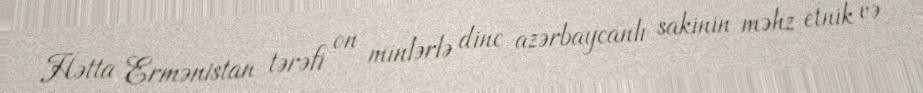
Hətta Ermənistan tərəfi on minlərlə dinc azərbaycanlı sakinin məhz etnik və